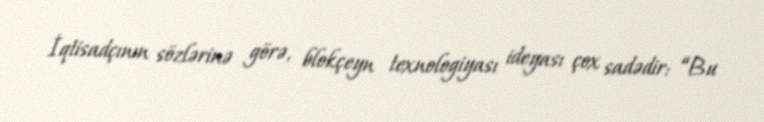
İqtisadçının sözlərinə görə, blokçeyn texnologiyası ideyası çox sadədir: “Bu